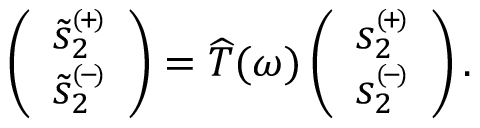
\left( \begin{array} { c } { \tilde { s } _ { 2 } ^ { \scriptscriptstyle ( \! + \! ) } } \\ { \tilde { s } _ { 2 } ^ { \scriptscriptstyle ( \! - \! ) } } \end{array} \right) = \widehat { T } ( \omega ) \left( \begin{array} { c } { { s } _ { 2 } ^ { \scriptscriptstyle ( \! + \! ) } } \\ { { s } _ { 2 } ^ { \scriptscriptstyle ( \! - \! ) } } \end{array} \right) .